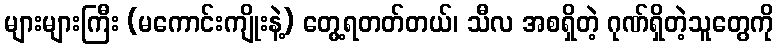
များများကြီး (မကောင်းကျိုးနဲ့) တွေ့ရတတ်တယ်၊ သီလ အစရှိတဲ့ ဂုဏ်ရှိတဲ့သူတွေကို